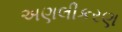
અણલીકરણ